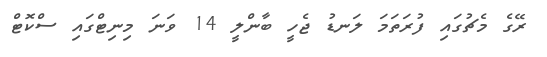
ރޭގެ މެޗުގައި ފުރަތަމަ ލަނޑު ޖެހީ ބާންލީ 14 ވަނަ މިނިޓްގައި ސްކޮޓް